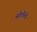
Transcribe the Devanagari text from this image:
सौतींची